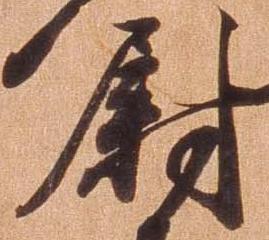
尉